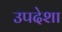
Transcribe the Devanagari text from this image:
उपदेशा